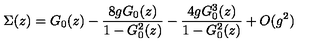
\Sigma ( z ) = G _ { 0 } ( z ) - { \frac { 8 g G _ { 0 } ( z ) } { 1 - G _ { 0 } ^ { 2 } ( z ) } } - { \frac { 4 g G _ { 0 } ^ { 3 } ( z ) } { 1 - G _ { 0 } ^ { 2 } ( z ) } } + O ( g ^ { 2 } )